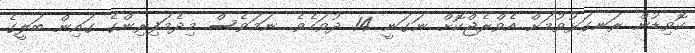
ކޮވިޑުން ރަނގަޅުވުމަށް އެވްރެޖްކޮށް ނަގަނީ 14 ދުވަހެވެ. ނަމަވެސް މިދެމަފިރިންގެ ގައިން ބަލީގެ